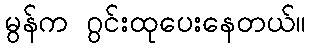
မွန်က ဂွင်းထုပေးနေတယ်။